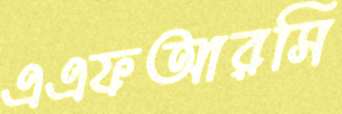
এএফআরসি